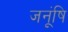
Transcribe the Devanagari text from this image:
जनूंषि